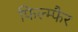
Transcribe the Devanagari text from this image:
फिल्म्फैर